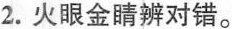
2.火眼金睛辨对错。